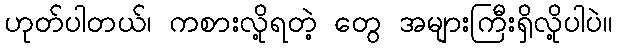
ဟုတ်ပါတယ်၊ ကစားလို့ရတဲ့ တွေ အများကြီးရှိလို့ပါပဲ။